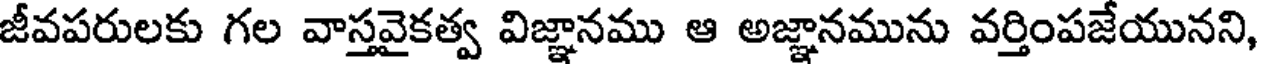
జీవపరులకు గల వాస్తవైకత్వ విజ్ఞానము ఆ అజ్ఞానమును వర్తింపజేయునని,